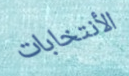
الأنتخابات